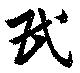
民